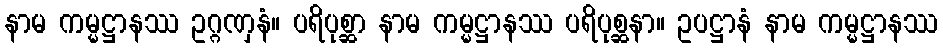
နာမ ကမ္မဋ္ဌာနဿ ဥဂ္ဂဏှနံ။ ပရိပုစ္ဆာ နာမ ကမ္မဋ္ဌာနဿ ပရိပုစ္ဆနာ။ ဥပဋ္ဌာနံ နာမ ကမ္မဋ္ဌာနဿ